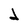
Character: d